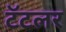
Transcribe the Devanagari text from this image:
टॅटलर